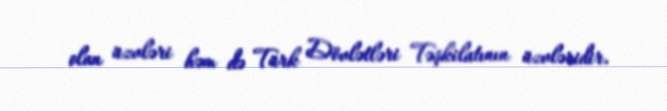
olan üzvləri həm də Türk Dövlətləri Təşkilatının üzvləridir.